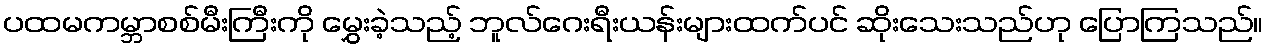
ပထမကမ္ဘာစစ်မီးကြီးကို မွှေးခဲ့သည့် ဘူလ်ဂေးရီးယန်းများထက်ပင် ဆိုးသေးသည်ဟု ပြောကြသည်။